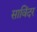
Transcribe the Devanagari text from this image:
साविंदर